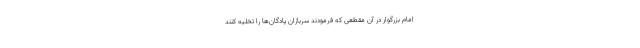
امام بزرگوار در آن مقطعی که فرمودند سربازان پادگان‌ها را تخلیه کنند